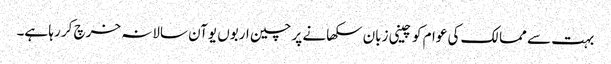
بہت سے ممالک کی عوام کو چینی زبان سکھانے پر چین اربوں یوآن سالانہ خرچ کر رہا ہے۔